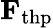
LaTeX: \mathbf{F}_{\mathrm{thp}}